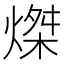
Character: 𤌴